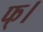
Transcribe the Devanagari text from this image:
फ्।